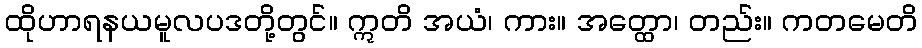
ထိုဟာရနယမူလပဒတို့တွင်။ ဣတိ အယံ၊ ကား။ အတ္ထော၊ တည်း။ ကတမေတိ